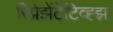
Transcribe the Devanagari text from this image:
रिप्रेझेंटेटिव्ह्झ